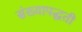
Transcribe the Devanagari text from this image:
संख्यापद्धती